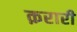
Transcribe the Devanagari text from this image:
क़रारी